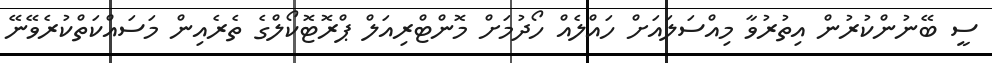
ސީ ބޭނުންކުރުން އިތުރުވާ މިއްސަލައަށް ހައްލެއް ހޯދުމަށް މޮންޓްރިއަލް ޕްރޮޓޮކޯލްގެ ތެރެއިން މަސައްކަތްކުރެވޭނޭ